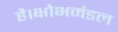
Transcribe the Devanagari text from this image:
है।क्षोभमंडल